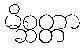
မိစ္ဆတ္တာ